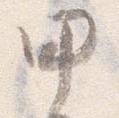
甲